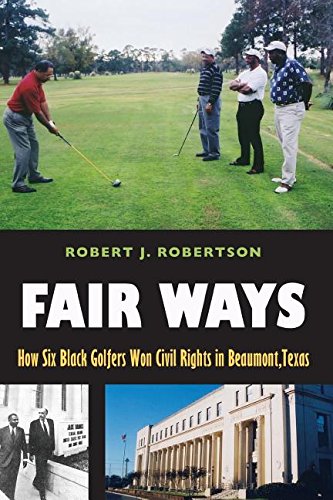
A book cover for Fair Ways: How Six Black Golfers Won Civil Rights in Beaumont, Texas (Swaim-Paup-Foran Spirit of Sport Series, sponsored by James C. EE74 & Debra Parch); Robert J. Robertson; Law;